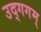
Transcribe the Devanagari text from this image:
उद्गगम्